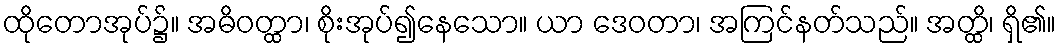
ထိုတောအုပ်၌။ အဓိဝတ္ထာ၊ စိုးအုပ်၍နေသော။ ယာ ဒေဝတာ၊ အကြင်နတ်သည်။ အတ္ထိ၊ ရှိ၏။